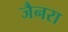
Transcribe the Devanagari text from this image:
जैनरा